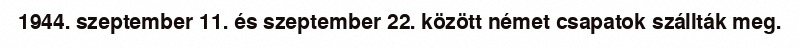
1944. szeptember 11. és szeptember 22. között német csapatok szállták meg.